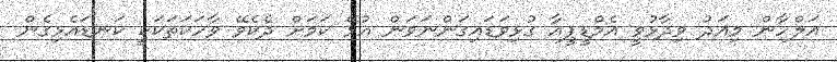
އަލްހާން މިއަދު ވިދާޅުވީ އެމްޑީޕީއާ ގުޅިވަޑައިގަންނަވަން އުޅޭ ކަމަށް ދެކެވޭ ވާހަކަތަކަކީ ކަނޑައެޅިގެން